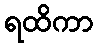
ရထိကာ